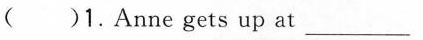
( )1.Anne gets up at ___